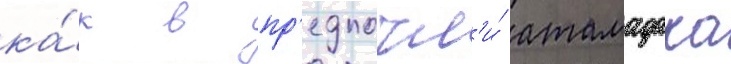
ка́к в пр'едпочл'и́ атамадака